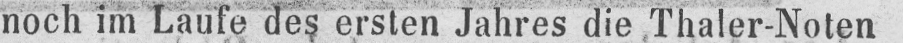
noch im Laufe des ersten Jahres die Thaler-Noten